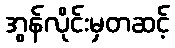
အွန်လိုင်းမှတဆင့်